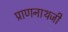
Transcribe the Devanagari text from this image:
प्राणनाथजी